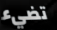
تضيء